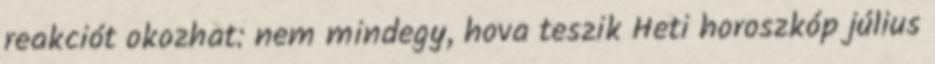
reakciót okozhat: nem mindegy, hova teszik Heti horoszkóp július